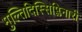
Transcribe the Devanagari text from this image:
मुल्तिदिस्सिप्लिनारी